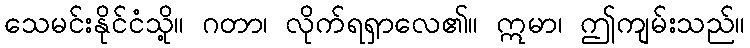
သေမင်းနိုင်ငံသို့။ ဂတာ၊ လိုက်ရရှာလေ၏။ ဣမာ၊ ဤကျမ်းသည်။